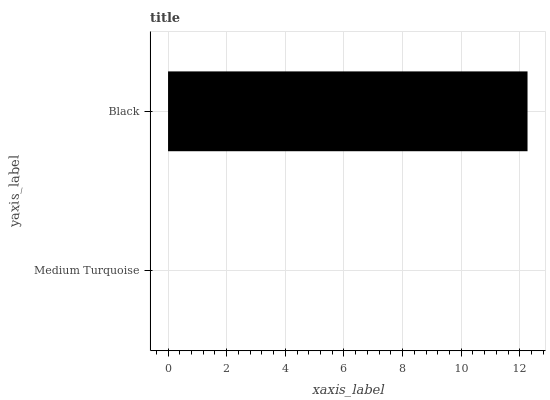
| yaxis_label | bars |
 | --- | --- |
 | Medium Turquoise | 0 |
 | Black | 12.3 |